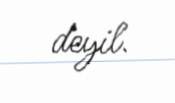
deyil.